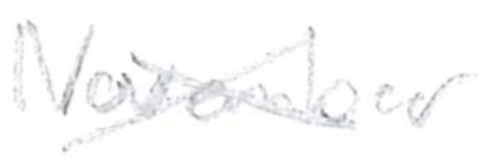
Text: November
Cross-out: cross
Writing tool: pencil